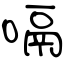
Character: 嗝